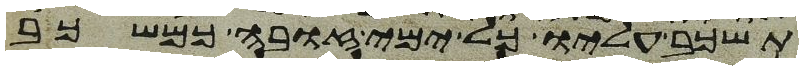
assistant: תשכב עליו כל ימי זובה כמשכב